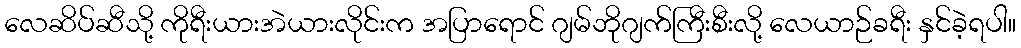
လေဆိပ်ဆီသို့ ကိုရီးယားအဲယားလိုင်းက အပြာရောင် ဂျမ်ဘိုဂျက်ကြီးစီးလို့ လေယာဉ်ခရီး နှင်ခဲ့ရပါ။